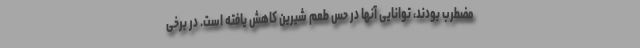
مضطرب بودند، توانایی آنها در حس طعم شیرین کاهش یافته است. در برخی